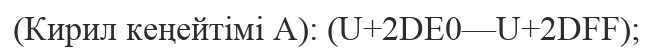
(Кирил кеңейтімі A): (U+2DE0—U+2DFF);